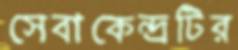
সেবাকেন্দ্রটির